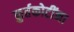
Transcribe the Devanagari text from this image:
कुर्तकोटींना